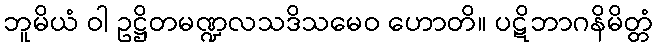
ဘူမိယံ ဝါ ဥဋ္ဌိတမဏ္ဍလသဒိသမေဝ ဟောတိ။ ပဋိဘာဂနိမိတ္တံ